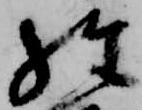
経